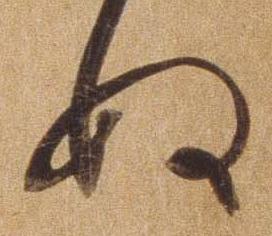
ぬ